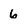
Character: 6